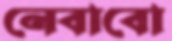
নেবাবো